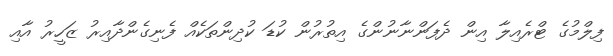
ފިލްމުގެ ޓްރެއިލާ އިން ދެފަންނާނުންގެ އިތުރުން ކުޑަ ކުދިންތަކެއް ފެނިގެންދާއިރު ޒަހީރު އާއި